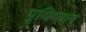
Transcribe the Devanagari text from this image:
पृथिव्याम्